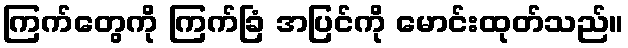
ကြက်တွေကို ကြက်ခြံ အပြင်ကို မောင်းထုတ်သည်။